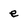
Character: e